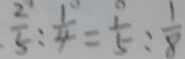
\frac { 2 } { 5 } : \frac { 1 } { 4 } = \frac { 1 } { 5 } : \frac { 1 } { 8 }